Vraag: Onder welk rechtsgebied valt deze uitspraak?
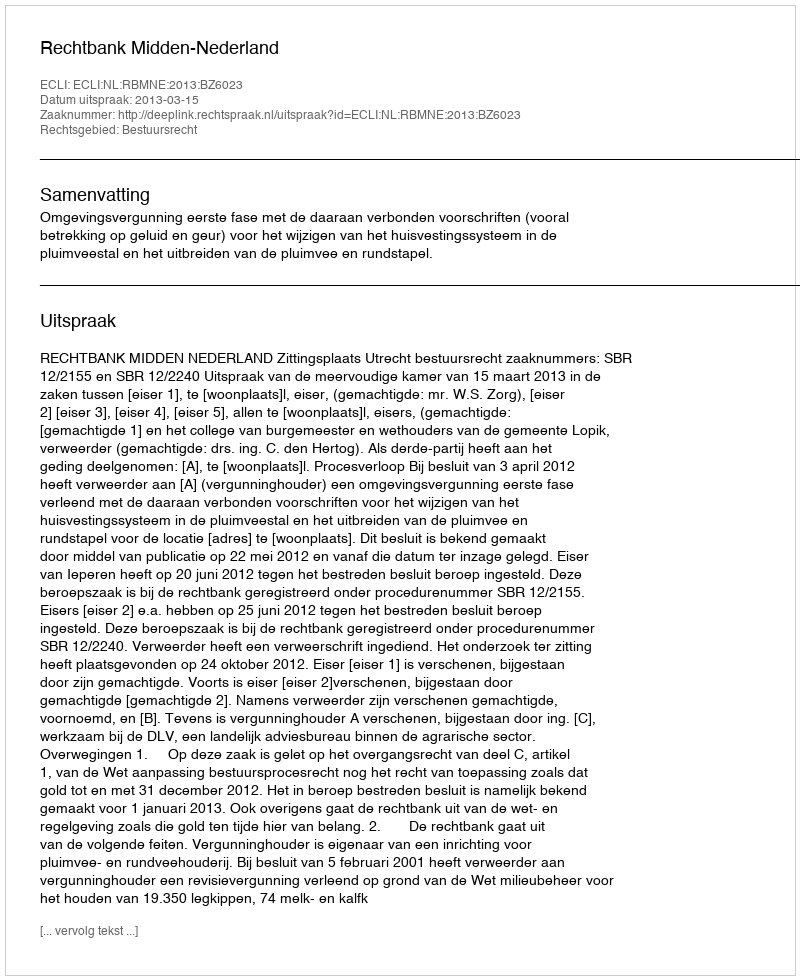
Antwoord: Bestuursrecht